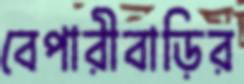
বেপারীবাড়ির